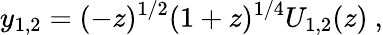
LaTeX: y_{1,2}=(-z)^{1/2}(1+z)^{1/4}U_{1,2}(z)\ ,